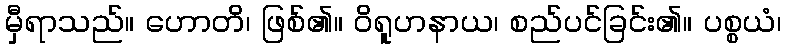
မှီရာသည်။ ဟောတိ၊ ဖြစ်၏။ ဝိရူဟနာယ၊ စည်ပင်ခြင်း၏။ ပစ္စယံ၊